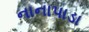
નાનાપાડા